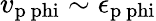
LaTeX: v_{\mathrm{p\ phi}}\sim\epsilon_{\mathrm{p\ phi}}